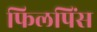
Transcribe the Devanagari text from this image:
फिलपिंस